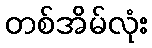
တစ်အိမ်လုံး